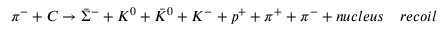
\pi ^ { - } + C \to { \bar { \Sigma } } ^ { - } + K ^ { 0 } + { \bar { K } } ^ { 0 } + K ^ { - } + p ^ { + } + \pi ^ { + } + \pi ^ { - } + n u c l e u s ~ ~ ~ r e c o i l